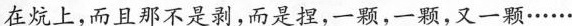
在炕上，而且那不是剥，而是捏，一颗，一颗，又一颗………